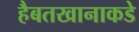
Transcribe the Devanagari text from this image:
हैबतखानाकडे